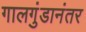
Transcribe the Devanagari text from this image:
गालगुंडानंतर